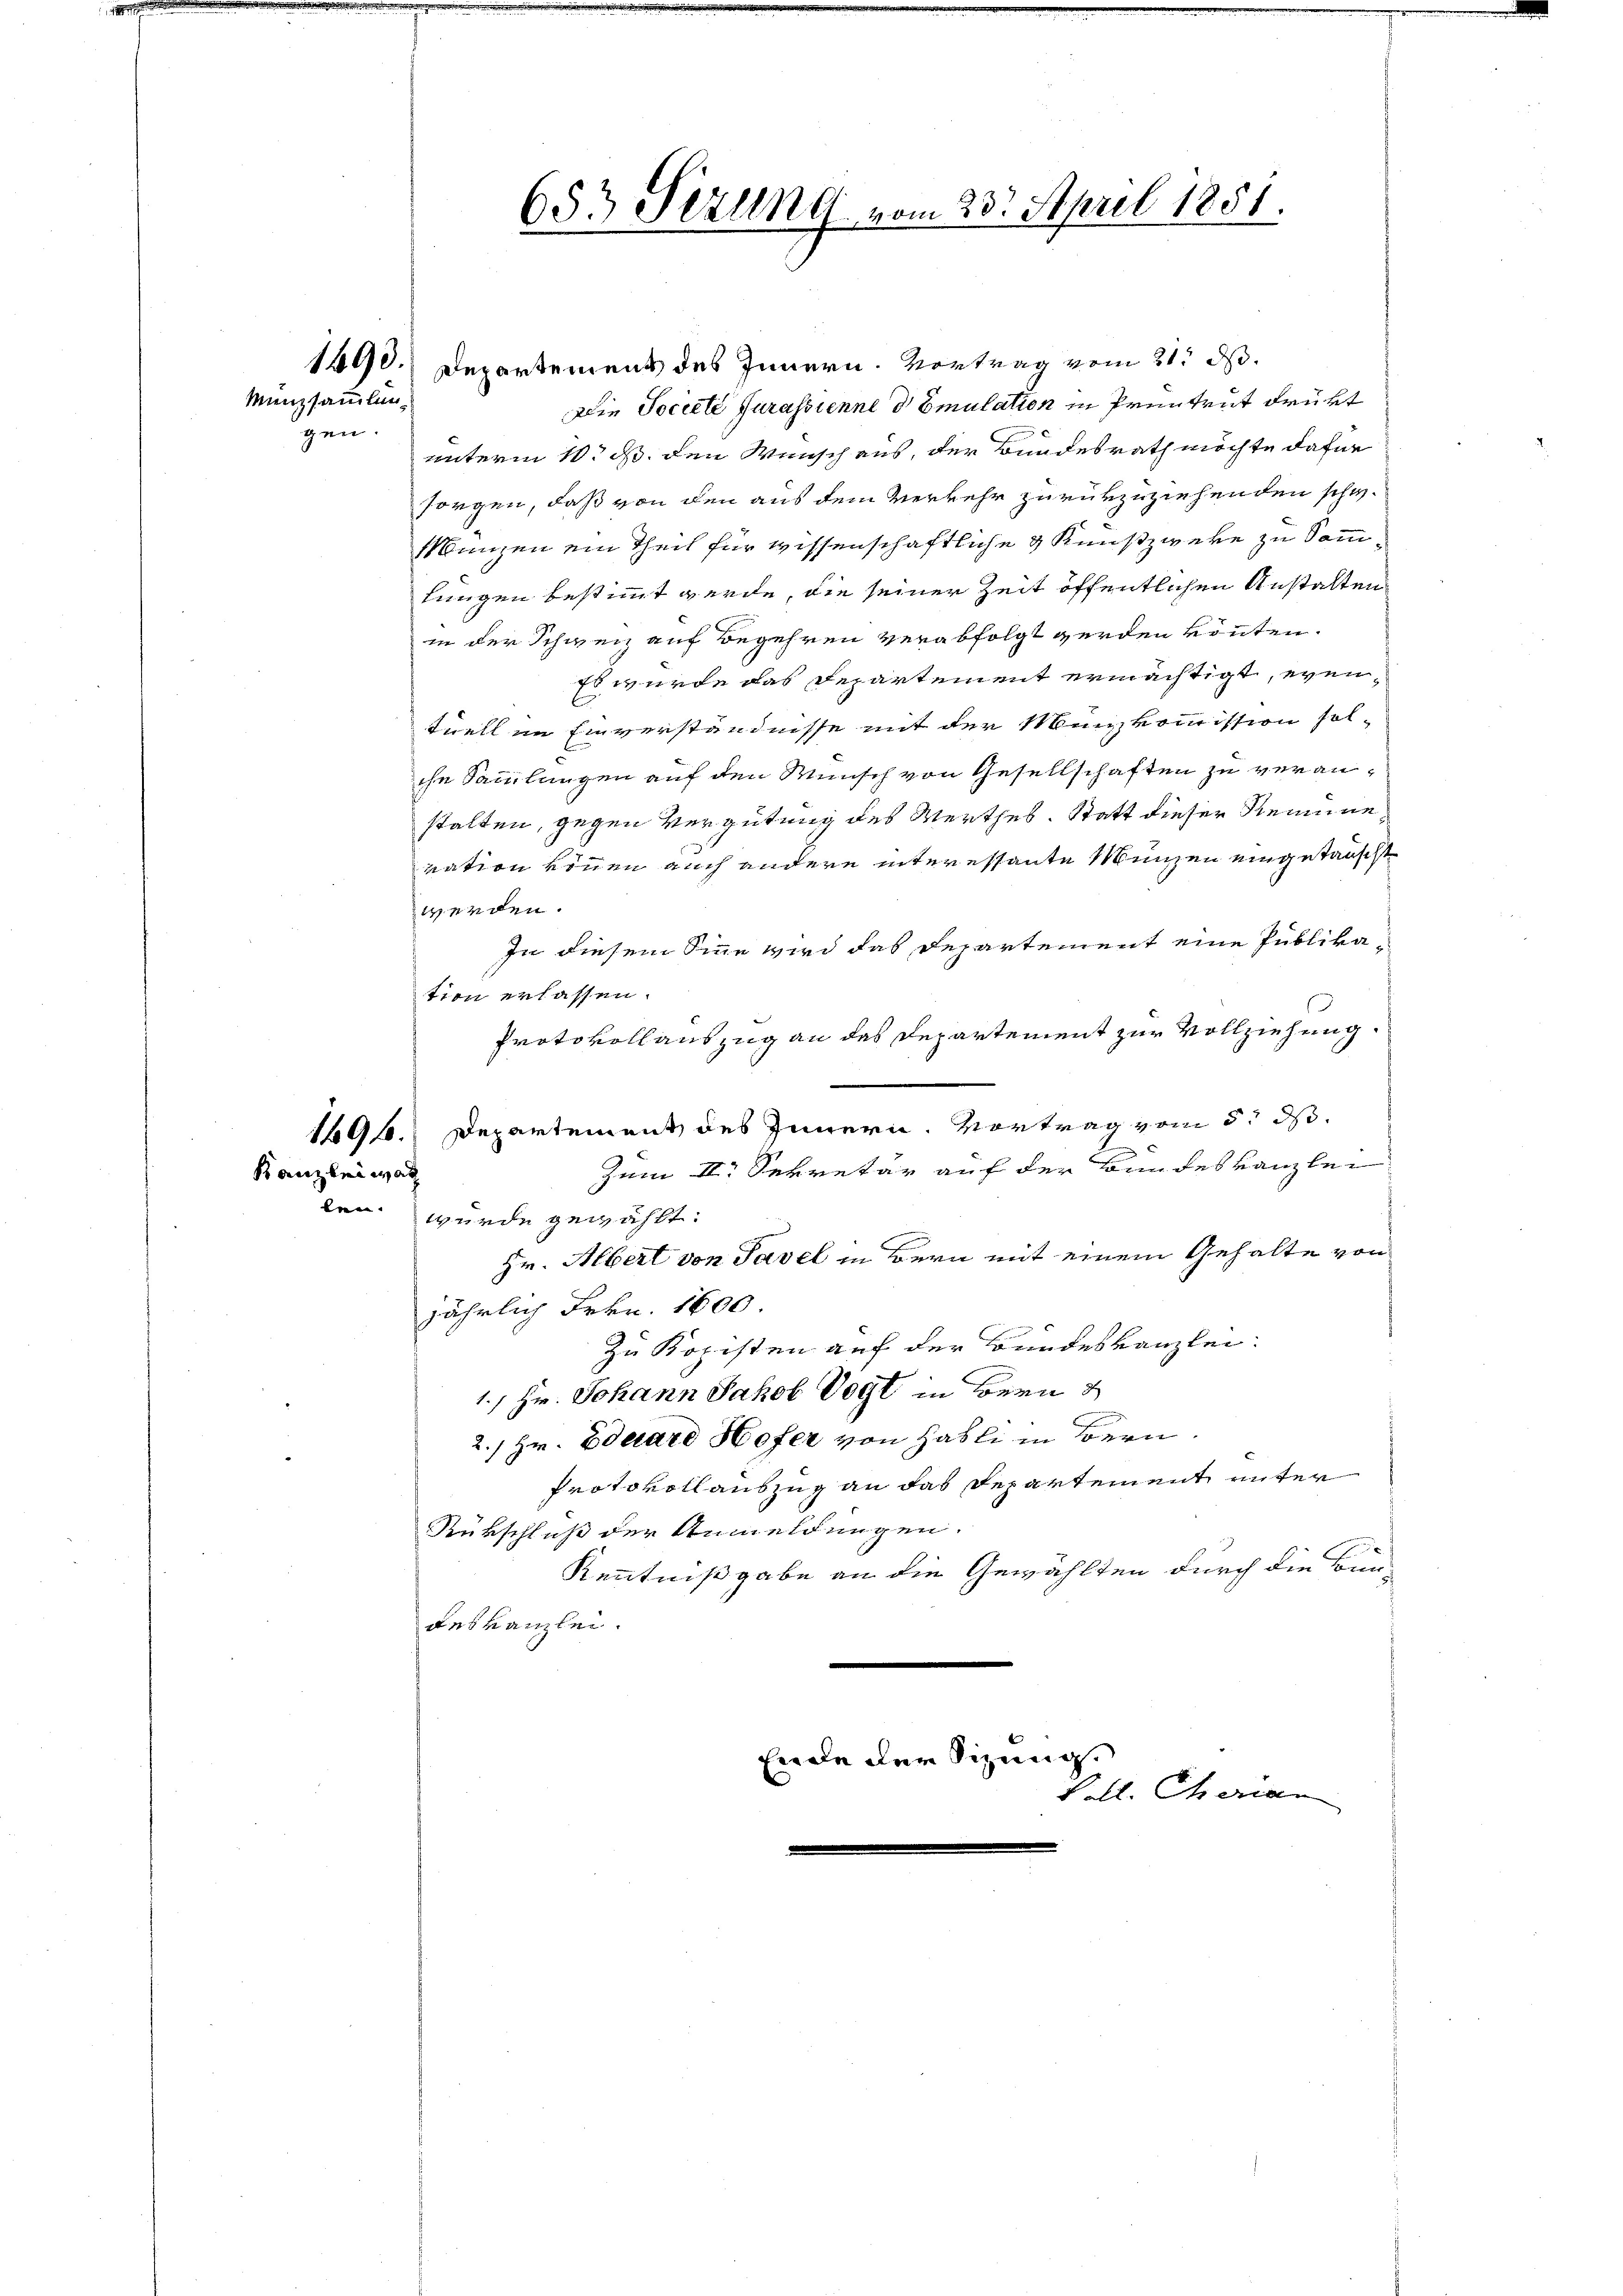
Münzsammlun
gen.

Kanzlei war

653 Sizung vom 23. April 1851.
s

1690. Departemens des Innern. Vortrag vom 21. ds.
Die Societe Jurassienne d Emulation in Pruntrut drükt
unterm 10. d. den Wunsch aus, der Bundesrath möchte dafür
sorgen, daß von den aus dem Verkehr zurükzuziehenden schw.
Münzen ein Theil für wissenschaftliche & Kunstzweke zu Sammlungen bestimmt werde, die seiner Zeit öffentlichen Anstalten
in der Schweiz auf Begehren verabfolgt werden könnten.
Es wurde das Departement ermächtigt, eventuell im Einverständnisse mit der Mankommission sol-
che Sammlungen auf den Wunsch von Gesellschaften zu veranstalten, gegen Vergütung des Werthes. Statt dieser Remune
vation können auch andere interessante Münzen eingetauscht
werden.
In diesem Sinne wird das Departement eine Publikation erlassen.
Protokoll auszug an des Departement zur Vollziehung
1696. Departement des Innern. Vortrag vom 5. ds.
Zum II. Sekretär auf der Bundeskanzlei
len wurde gewählt:
Hr. Albert von Tavel in Bern mit einem Gehalte von
jährlich Frkn. 1600
zu Kopisten auf der Bundeskanzlei-
1., Hr. Johann Jakob Vogt in Bern
2./ Hr. Eduard Hofer von Habli in Bern.
Protokoll auszug an das Departement unter
Rükschluß der Anmeldungen.
Kenntnißgabe an die Gewählten durch die Bun-
deskanzlei.
.
Ende der Sizung.
8
Vell. Charian